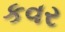
કવર